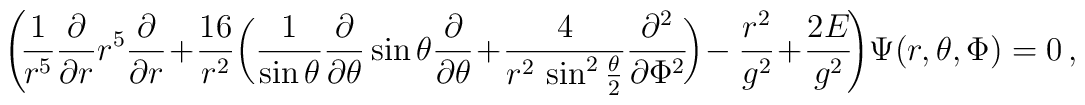
\left( \!\frac{1}{r^5}\frac{\partial}{\partial r}                    r^5 \frac{\partial}{\partial r}\!+\!\frac{16}{r^2}   \bigg( \frac{1}{\sin\theta} \frac{\partial}{\partial \theta}                    \sin\theta \frac{\partial}{\partial \theta} \!+\!    \frac{4}{r^2 \, \sin^2 \frac{\theta}{2}}   \frac{\partial^2}{\partial \Phi^2} \! \bigg)\!   - \frac{r^2}{g^2} \! + \! \frac{2 E}{g^2} \!  \right) \!\Psi(r,\theta,\Phi) = 0 \, ,